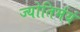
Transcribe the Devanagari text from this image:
ज्योतिर्मयं